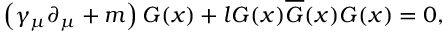
\left( \gamma _ { \mu } \partial _ { \mu } + m \right) G ( x ) + l G ( x ) \overline { { { G } } } ( x ) G ( x ) = 0 ,